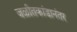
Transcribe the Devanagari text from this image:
जळीतकांडानंतर